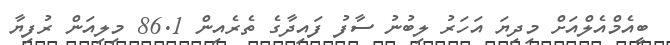
ބީއެމްއެލްއަށް މިދިޔަ އަހަރު ލިބުނު ސާފު ފައިދާގެ ތެރެއިން 86.1 މިލިއަން ރުފިޔާ